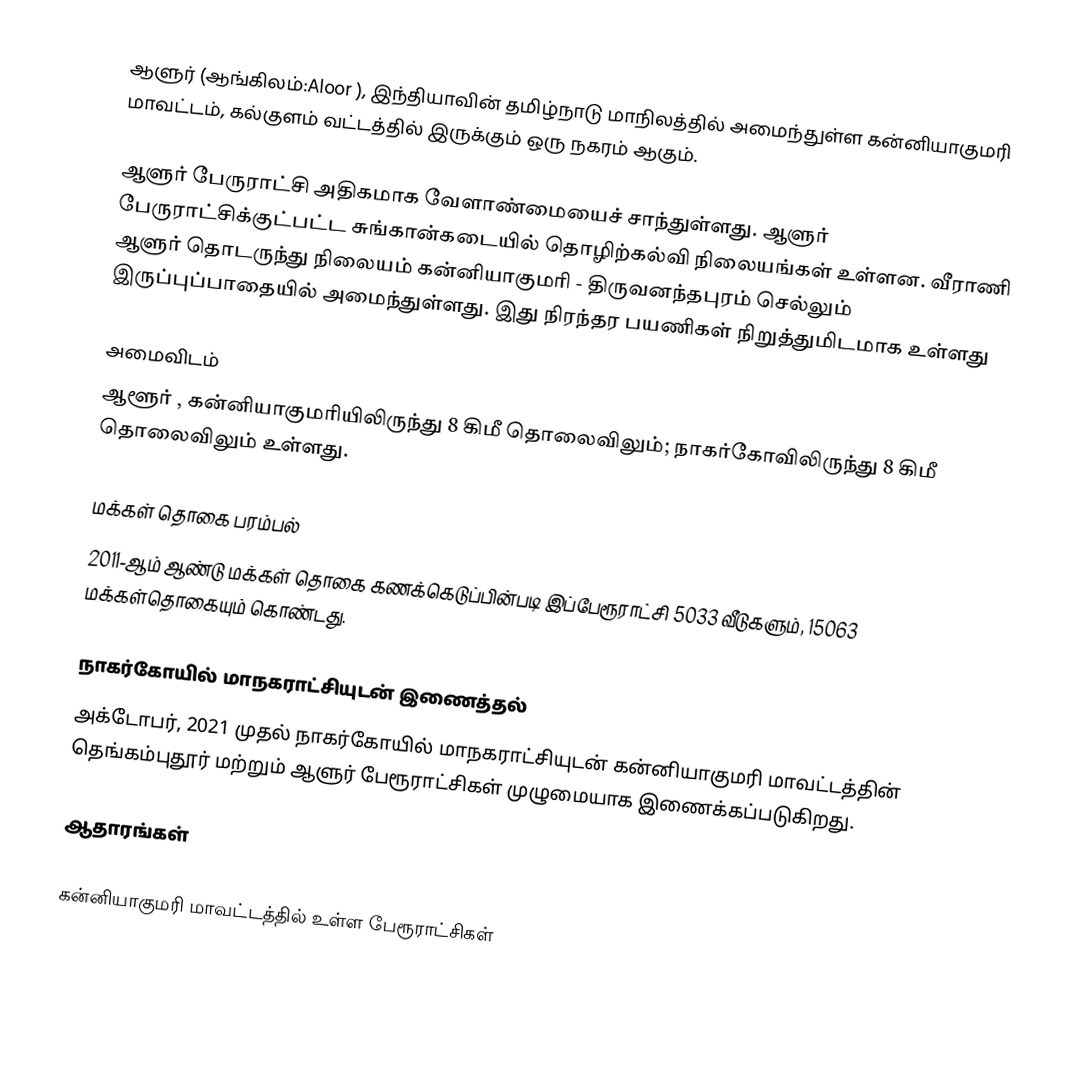
ஆளுர் (ஆங்கிலம்:Aloor ), இந்தியாவின் தமிழ்நாடு மாநிலத்தில் அமைந்துள்ள கன்னியாகுமரி மாவட்டம், கல்குளம் வட்டத்தில் இருக்கும் ஒரு நகரம் ஆகும்.

ஆளுர் பேருராட்சி அதிகமாக வேளாண்மையைச் சாந்துள்ளது. ஆளுர் பேருராட்சிக்குட்பட்ட சுங்கான்கடையில் தொழிற்கல்வி நிலையங்கள் உள்ளன. வீராணி ஆளுர் தொடருந்து நிலையம் கன்னியாகுமரி - திருவனந்தபுரம் செல்லும் இருப்புப்பாதையில் அமைந்துள்ளது. இது நிரந்தர பயணிகள் நிறுத்துமிடமாக உள்ளது

அமைவிடம்
ஆளூர் , கன்னியாகுமரியிலிருந்து 8 கிமீ தொலைவிலும்; நாகர்கோவிலிருந்து 8 கிமீ தொலைவிலும் உள்ளது.

மக்கள் தொகை பரம்பல்
2011-ஆம் ஆண்டு மக்கள் தொகை கணக்கெடுப்பின்படி  இப்பேரூராட்சி                           5033 வீடுகளும்,  15063 மக்கள்தொகையும் கொண்டது.

நாகர்கோயில் மாநகராட்சியுடன் இணைத்தல்
அக்டோபர், 2021 முதல் நாகர்கோயில் மாநகராட்சியுடன் கன்னியாகுமரி மாவட்டத்தின் தெங்கம்புதூர் மற்றும் ஆளுர் பேரூராட்சிகள் முழுமையாக இணைக்கப்படுகிறது.

ஆதாரங்கள்

கன்னியாகுமரி மாவட்டத்தில் உள்ள பேரூராட்சிகள்